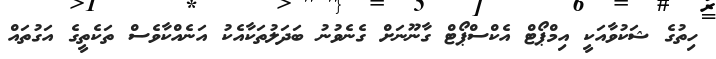
ހިތުގެ ޝަކުވާއަކީ އިމްޕޯޓް އެކްސްޕޯޓް ގާނޫނަށް ގެނެވުނު ބަދަލުތަކާއެކު އަނެއްކާވެސް ތަކެތީގެ އަގުތައް